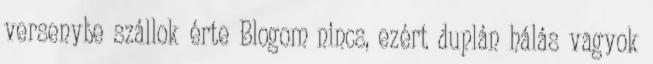
versenybe szállok érte Blogom nincs, ezért duplán hálás vagyok